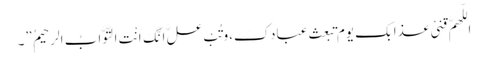
اللّهمَّ قِنِیْ عذابک یوم تبعث عبادکَ،وتُبْ علَّ اِنَّکَ اَنْتَ التَّوَّابُ الرحیمُ ”۔